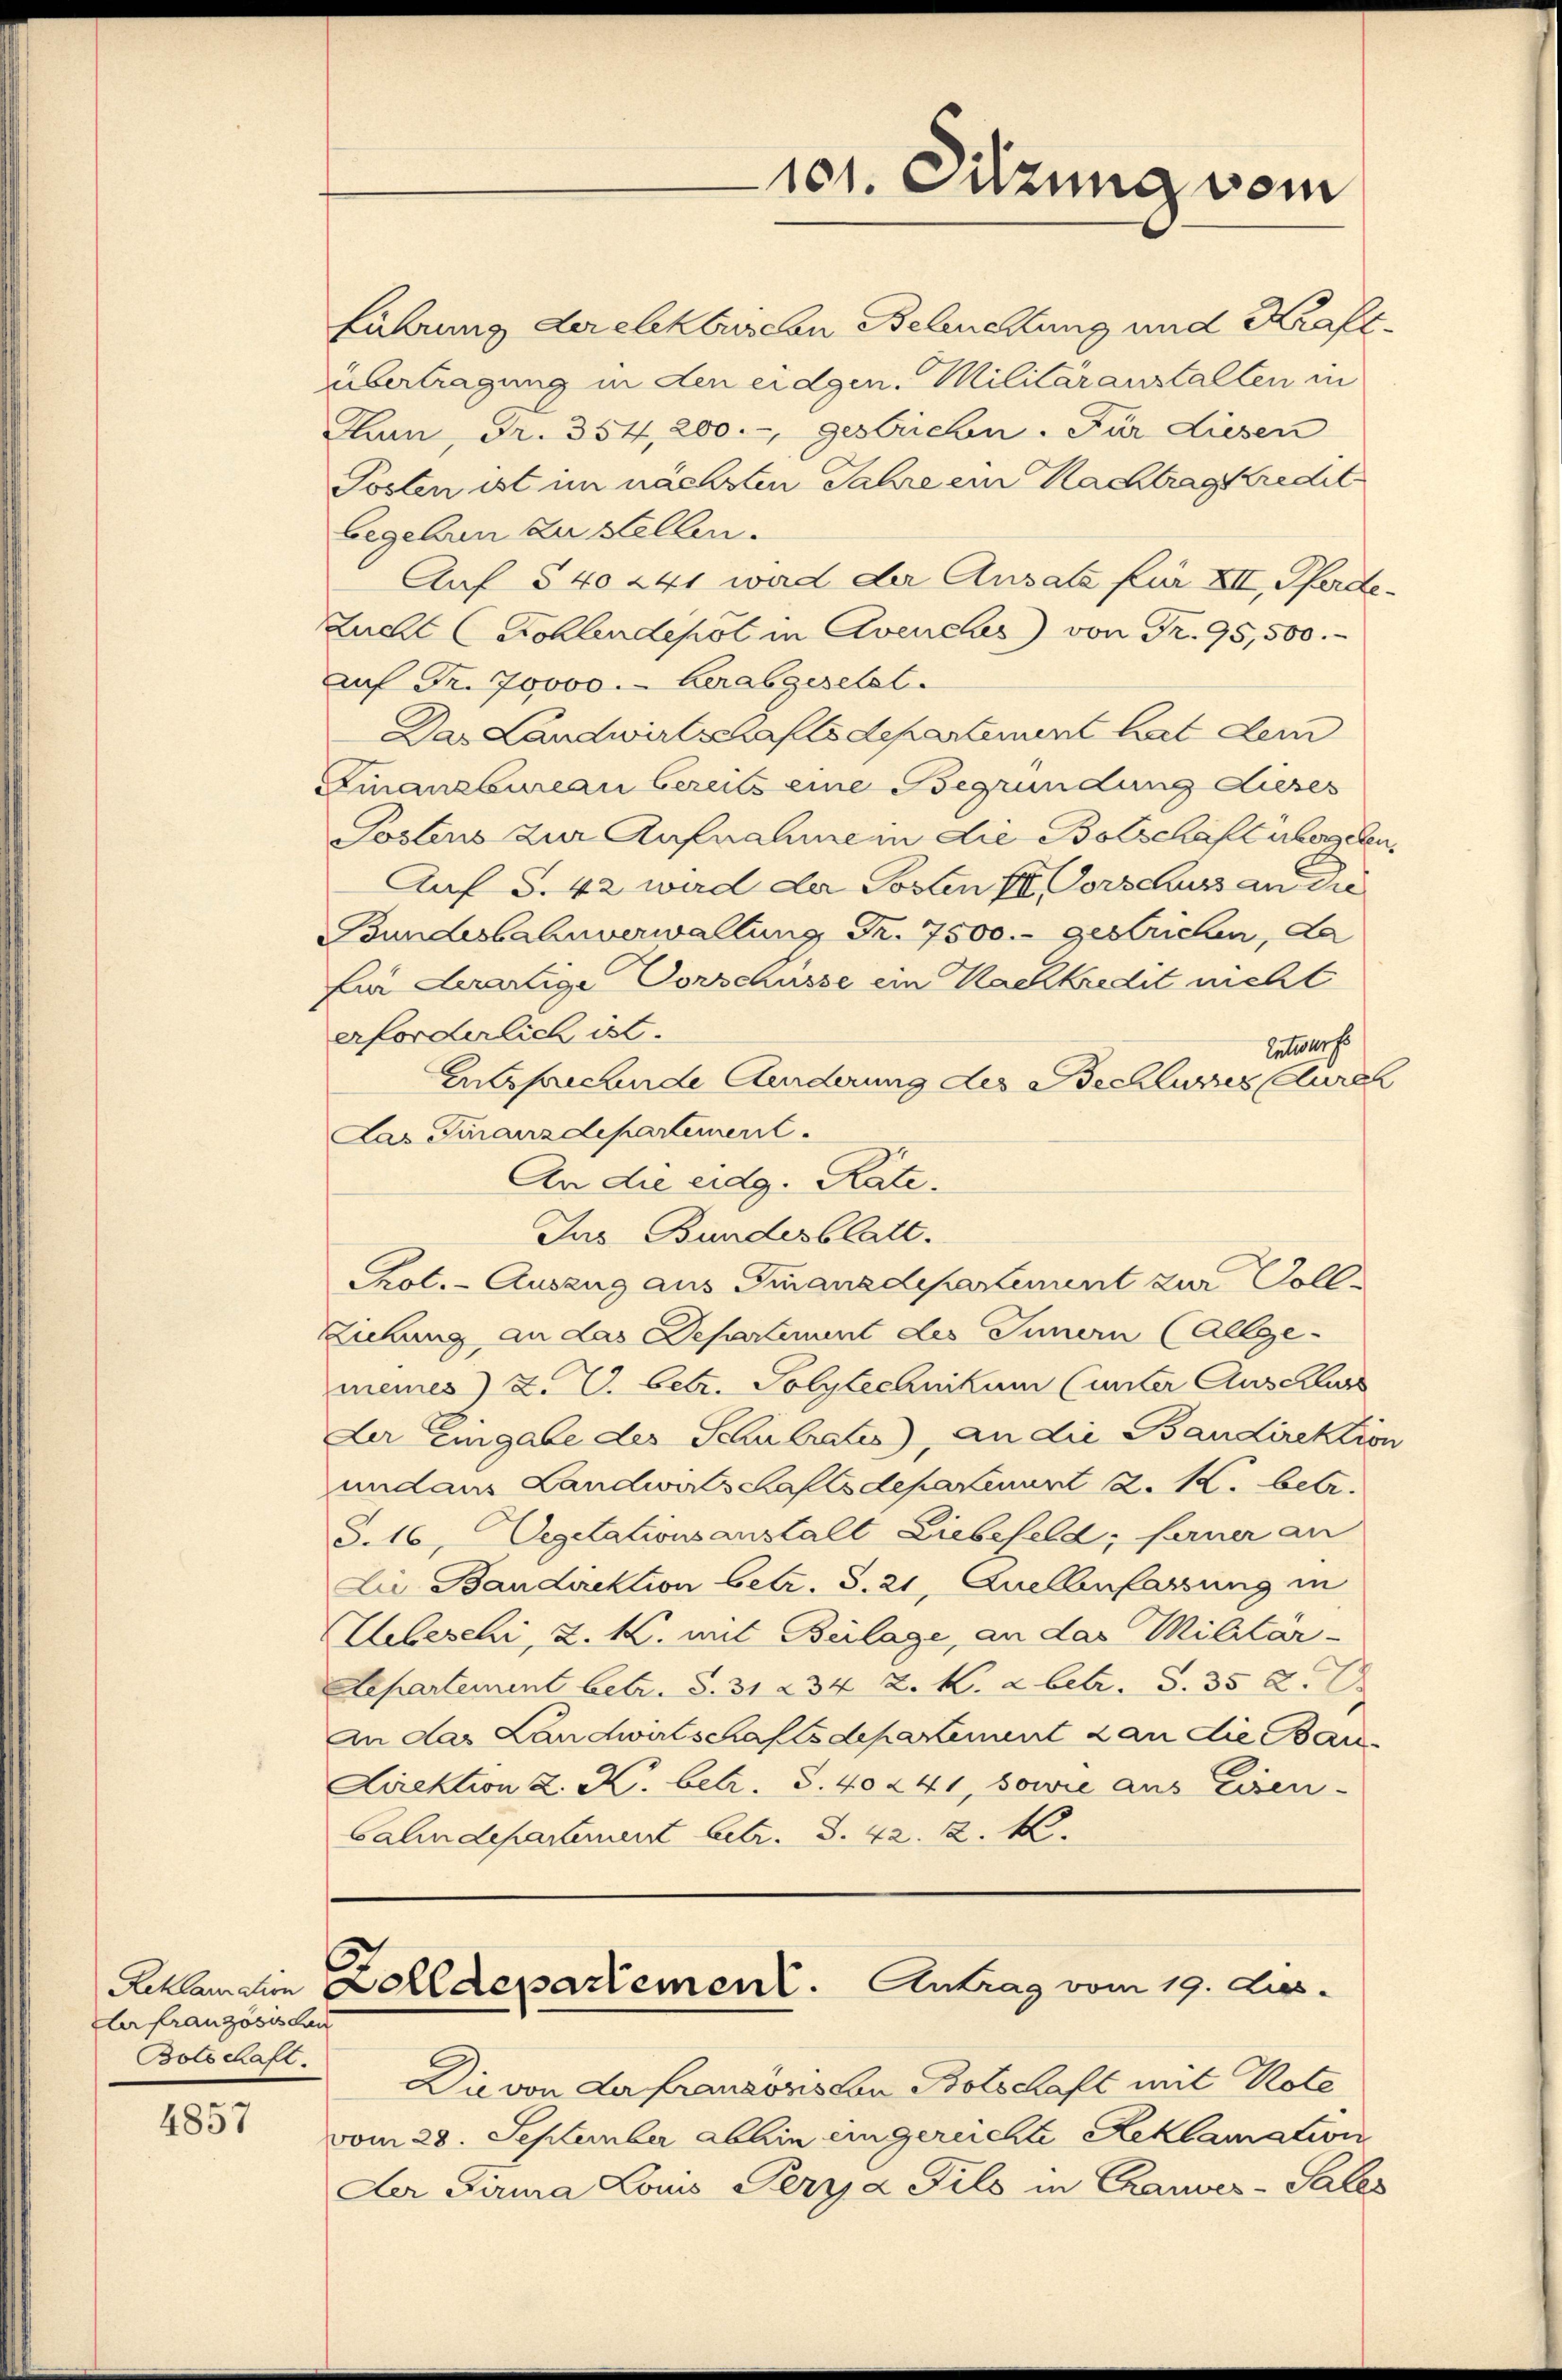
Reklamation
lrfranzösis dau
Botschaft.

4857

Führung der elekbuschen Beluchtung und Kraftübertragung in den eidgen. Militäranstalten in
Chan, Fr. 354, 200.- gestrichen. Für Liesen
Posten ist im nächsten Jahre ein Nachtrag kredit
begeben zu stellen.
Auf § 40 241 wad der Ausale für XII, Pferde¬
Zucht (Sohlendepot in Avenches) von Fr. 95,500.
Auf Fr. 70000. herabgeselst
Das Landwirtschafte departement hat dem
Finanzbureau bereits eine Begründung dieses
Postens zur Aufnahme in die Bolschaft übergeben.
Auf S. 42 wird der Posten II. Vorschuss an die
Bundesbahnverwaltung Fr. 7500.- gestrichen, da
für derartige Vorschüsse ein Nachkredit nicht
erforderlich ist.
Entwurf
Entsprechende Änderung des Bechlies durc
Das Finanzdepartement.
An die eidg. Rate.
Jus Bundesblatt.
Prot. - Auszug aus Finanzdepartement zur Voll¬
Ziehung an das Departement des Innern (Allge-
meines) Z. V. betr. Polytechnikum (unter Auschlass
Der Eingabe des Schulrates), an die Bandirektion
undaus Landwirtschaftsdepakenunt 2. M. betr.
§. 16, Vegetationsanstalt Liebefeld, ferner an
Lie Bandirektion betr. S. 21, Quellenfassung in
Unbeschi, u. K. mit Beilage, an das Militär-
Aepartement betr. S. 31 § 34 Z. K. 2 betr. S. 352.
An das Landwirtschaftsdepartement 2 an die Bau¬
Direktion K. K. betr. S. 40 241, sowie aus Eisen.
Calindepartement betr. S. 42. 2. M

101. Sitzung vom

Zolldepartement. Antrag vom 19. Dies

Die von der franzonis von Botschaft mit Rote
vom 28. September abhin eingereichte Reklamation
Der Firma Louis Pery a Fils in Cauver-Palles